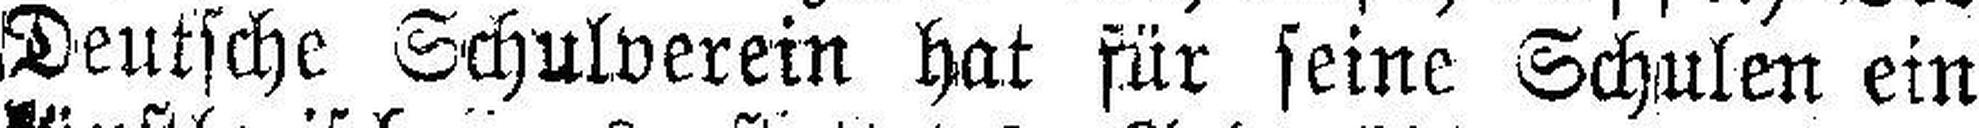
Deutsche Schulverein hat für seine Schulen ein